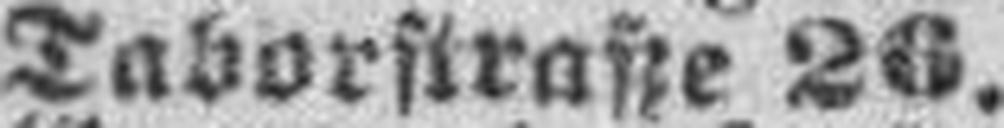
II Taborstraße 26.